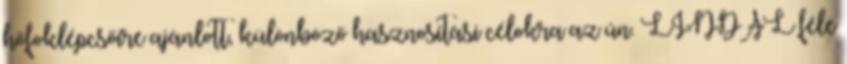
hőfoklépcsőire ajánlott, különböző hasznosítási célokra az ún. LINDAL féle